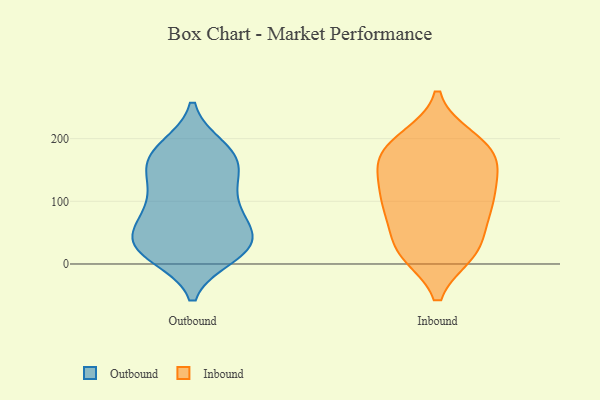
{"axis": {"x": "Active Users", "y": "Value"}, "legend": ["Inbound", "Outbound"], "data": [{"x": "", "y": 150, "type": "Outbound"}, {"x": "", "y": 134, "type": "Outbound"}, {"x": "", "y": 155, "type": "Outbound"}, {"x": "", "y": 185, "type": "Outbound"}, {"x": "", "y": 174, "type": "Outbound"}, {"x": "", "y": 28, "type": "Outbound"}, {"x": "", "y": 22, "type": "Outbound"}, {"x": "", "y": 63, "type": "Outbound"}, {"x": "", "y": 14, "type": "Outbound"}, {"x": "", "y": 58, "type": "Outbound"}, {"x": "", "y": 181, "type": "Outbound"}, {"x": "", "y": 172, "type": "Outbound"}, {"x": "", "y": 36, "type": "Outbound"}, {"x": "", "y": 76, "type": "Outbound"}, {"x": "", "y": 32, "type": "Outbound"}, {"x": "", "y": 97, "type": "Outbound"}, {"x": "", "y": 89, "type": "Outbound"}, {"x": "", "y": 118, "type": "Outbound"}, {"x": "", "y": 22, "type": "Outbound"}, {"x": "", "y": 25, "type": "Outbound"}, {"x": "", "y": 78, "type": "Inbound"}, {"x": "", "y": 102, "type": "Inbound"}, {"x": "", "y": 40, "type": "Inbound"}, {"x": "", "y": 144, "type": "Inbound"}, {"x": "", "y": 179, "type": "Inbound"}, {"x": "", "y": 199, "type": "Inbound"}, {"x": "", "y": 79, "type": "Inbound"}, {"x": "", "y": 17, "type": "Inbound"}, {"x": "", "y": 187, "type": "Inbound"}, {"x": "", "y": 151, "type": "Inbound"}, {"x": "", "y": 18, "type": "Inbound"}, {"x": "", "y": 138, "type": "Inbound"}, {"x": "", "y": 17, "type": "Inbound"}, {"x": "", "y": 86, "type": "Inbound"}, {"x": "", "y": 21, "type": "Inbound"}, {"x": "", "y": 107, "type": "Inbound"}, {"x": "", "y": 173, "type": "Inbound"}, {"x": "", "y": 108, "type": "Inbound"}, {"x": "", "y": 200, "type": "Inbound"}, {"x": "", "y": 169, "type": "Inbound"}]}